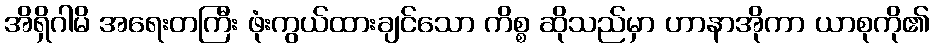
အိရှိဂါမိ အရေးတကြီး ဖုံးကွယ်ထားချင်သော ကိစ္စ ဆိုသည်မှာ ဟာနာအိုကာ ယာစုကို၏